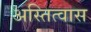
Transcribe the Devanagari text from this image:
अस्तित्वास